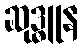
ဆုဒ္ဓူန